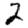
Digit: 2